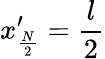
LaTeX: x_{\frac{N}{2}}^{\prime}=\frac{l}{2}